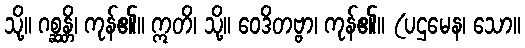
သို့။ ဂစ္ဆန္တိ၊ ကုန်၏။ ဣတိ၊ သို့။ ဝေဒိတဗ္ဗာ၊ ကုန်၏။ (ပဌမေန၊ သော။